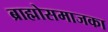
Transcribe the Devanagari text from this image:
ब्राह्मोसमाजका